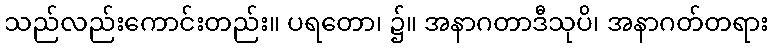
သည်လည်းကောင်းတည်း။ ပရတော၊ ၌။ အနာဂတာဒီသုပိ၊ အနာဂတ်တရား